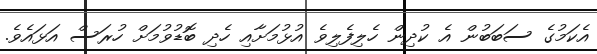
އެކަމުގެ ސަބަބުން އެ ކުދިން ހެލިފެލިވެ އުޅުމަށާއި ހެދި ބޮޑުވުމަށް ހުރަސް އަޅައެވެ.